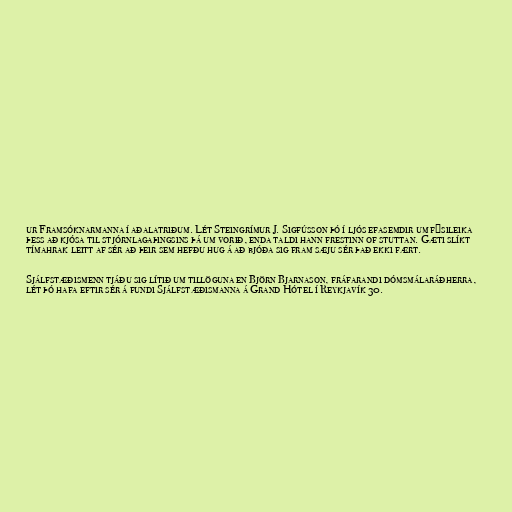
ur Framsóknarmanna í aðalatriðum. Lét Steingrímur J. Sigfússon þó í ljós efasemdir um fýsileika
þess að kjósa til stjórnlagaþingsins þá um vorið, enda taldi hann frestinn of stuttan. Gæti slíkt
tímahrak leitt af sér að þeir sem hefðu hug á að bjóða sig fram sæju sér það ekki fært.

Sjálfstæðismenn tjáðu sig lítið um tillöguna en Björn Bjarnason, fráfarandi dómsmálaráðherra,
lét þó hafa eftir sér á fundi Sjálfstæðismanna á Grand Hótel í Reykjavík 30.